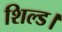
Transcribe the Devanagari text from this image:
शिल्ड।